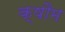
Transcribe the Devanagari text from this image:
क्षौम